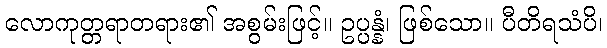
လောကုတ္တရာတရား၏ အစွမ်းဖြင့်။ ဥပ္ပန္နံ၊ ဖြစ်သော။ ပီတိရသံပိ၊